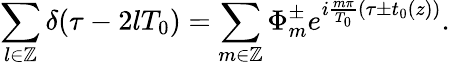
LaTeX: \sum_{l\in\mathbb{Z}}\delta(\tau-2lT_{0})=\sum_{m\in\mathbb{Z}}\Phi_{m}^{\pm}e^{i\frac{m\pi}{T_{0}}(\tau\pm t_{0}(z))}.